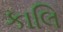
કાલિ